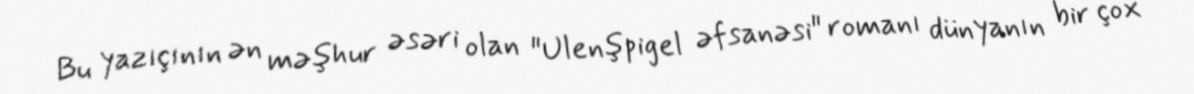
Bu yazıçının ən məşhur əsəri olan "Ulenşpigel əfsanəsi" romanı dünyanın bir çox